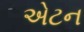
એટન